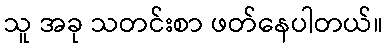
သူ အခု သတင်းစာ ဖတ်နေပါတယ်။